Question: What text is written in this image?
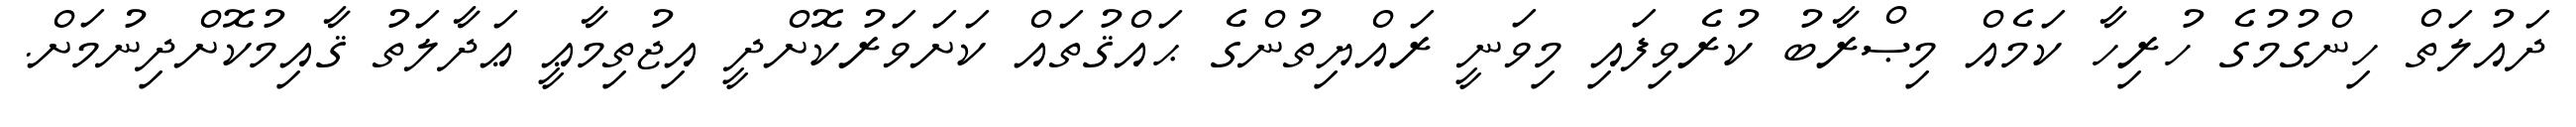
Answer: ދައުލަތް ހިންގުމުގެ ހުރިހާ ކަމެއް މިޞްރާބު ކުރެވިފައި މިވަނީ ރައްޔިތުންގެ ޙައްޤުތައް ކަށަވަރުކޮށްދީ އިޖުތިމާޢީ ޢަދާލަތު ޤާއިމުކޮށްދިނުމަށް.